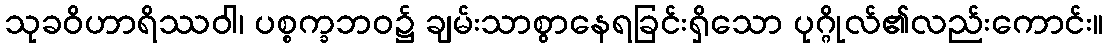
သုခဝိဟာရိဿဝါ၊ ပစ္စက္ခဘဝ၌ ချမ်းသာစွာနေရခြင်းရှိသော ပုဂ္ဂိုလ်၏လည်းကောင်း။